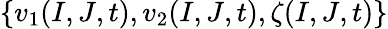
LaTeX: \{ v_{1}(I,J,t),v_{2}(I,J,t),\zeta(I,J,t)\}